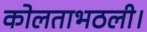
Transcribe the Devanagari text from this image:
कोलताभठली।